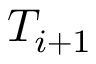
T _ { i + 1 }